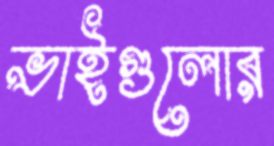
ভাইগুলোর